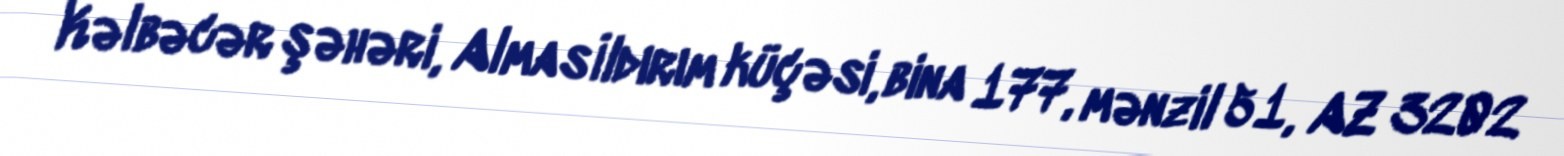
Kəlbəcər şəhəri, Almas İldırım küçəsi, bina 177, mənzil 51, AZ 3202